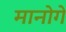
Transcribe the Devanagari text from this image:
मानोगे